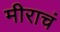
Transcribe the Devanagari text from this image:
मीराचं